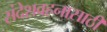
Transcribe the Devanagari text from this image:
संदेशवहनासाठी